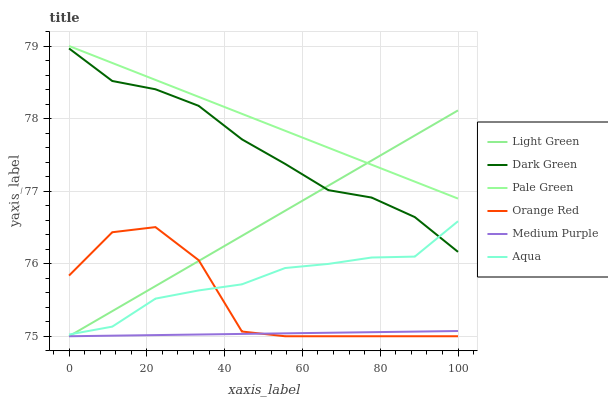
| xaxis_label | Light Green | Dark Green | Pale Green | Orange Red | Medium Purple | Aqua |
 | --- | --- | --- | --- | --- | --- | --- |
 | 0 | 75 | 79 | 79 | 75.8 | 75 | 75 |
 | 11.1 | 75.3 | 78.5 | 78.8 | 76.4 | 75 | 75.1 |
 | 22.2 | 75.7 | 78.4 | 78.5 | 76.5 | 75 | 75.5 |
 | 33.3 | 76 | 78.2 | 78.3 | 76 | 75 | 75.6 |
 | 44.4 | 76.4 | 77.7 | 78.1 | 75.1 | 75 | 75.7 |
 | 55.6 | 76.7 | 77.4 | 77.8 | 75 | 75 | 75.9 |
 | 66.7 | 77.1 | 77 | 77.6 | 75 | 75 | 76 |
 | 77.8 | 77.4 | 76.9 | 77.4 | 75 | 75.1 | 76.1 |
 | 88.9 | 77.8 | 76.6 | 77.1 | 75 | 75.1 | 76.1 |
 | 100 | 78.1 | 76.2 | 76.9 | 75 | 75.1 | 76.6 |